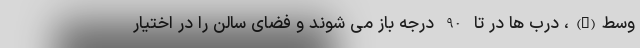
وسط(B)، درب ها در تا 90 درجه باز می شوند و فضای سالن را در اختیار